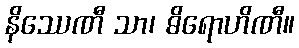
နိဿေဏီ သာ၊ ဓိရောဟိဏီ။